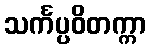
သင်္ကပ္ပဝိတက္ကာ